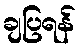
ချပြရန်